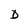
Character: D